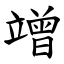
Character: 竲